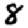
Digit: 8